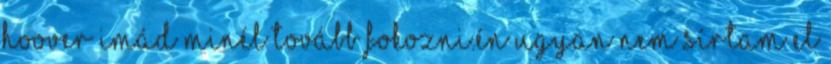
Hoover imád minél tovább fokozni.Én ugyan nem sírtam el